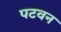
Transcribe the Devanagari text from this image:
पटवन